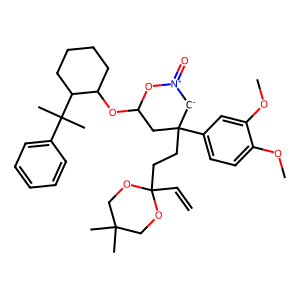
SMILES: C=CC1(CCC2(c3ccc(OC)c(OC)c3)[CH-][N+](=O)OC(OC3CCCCC3C(C)(C)c3ccccc3)C2)OCC(C)(C)CO1
Inhibits HIV replication: No